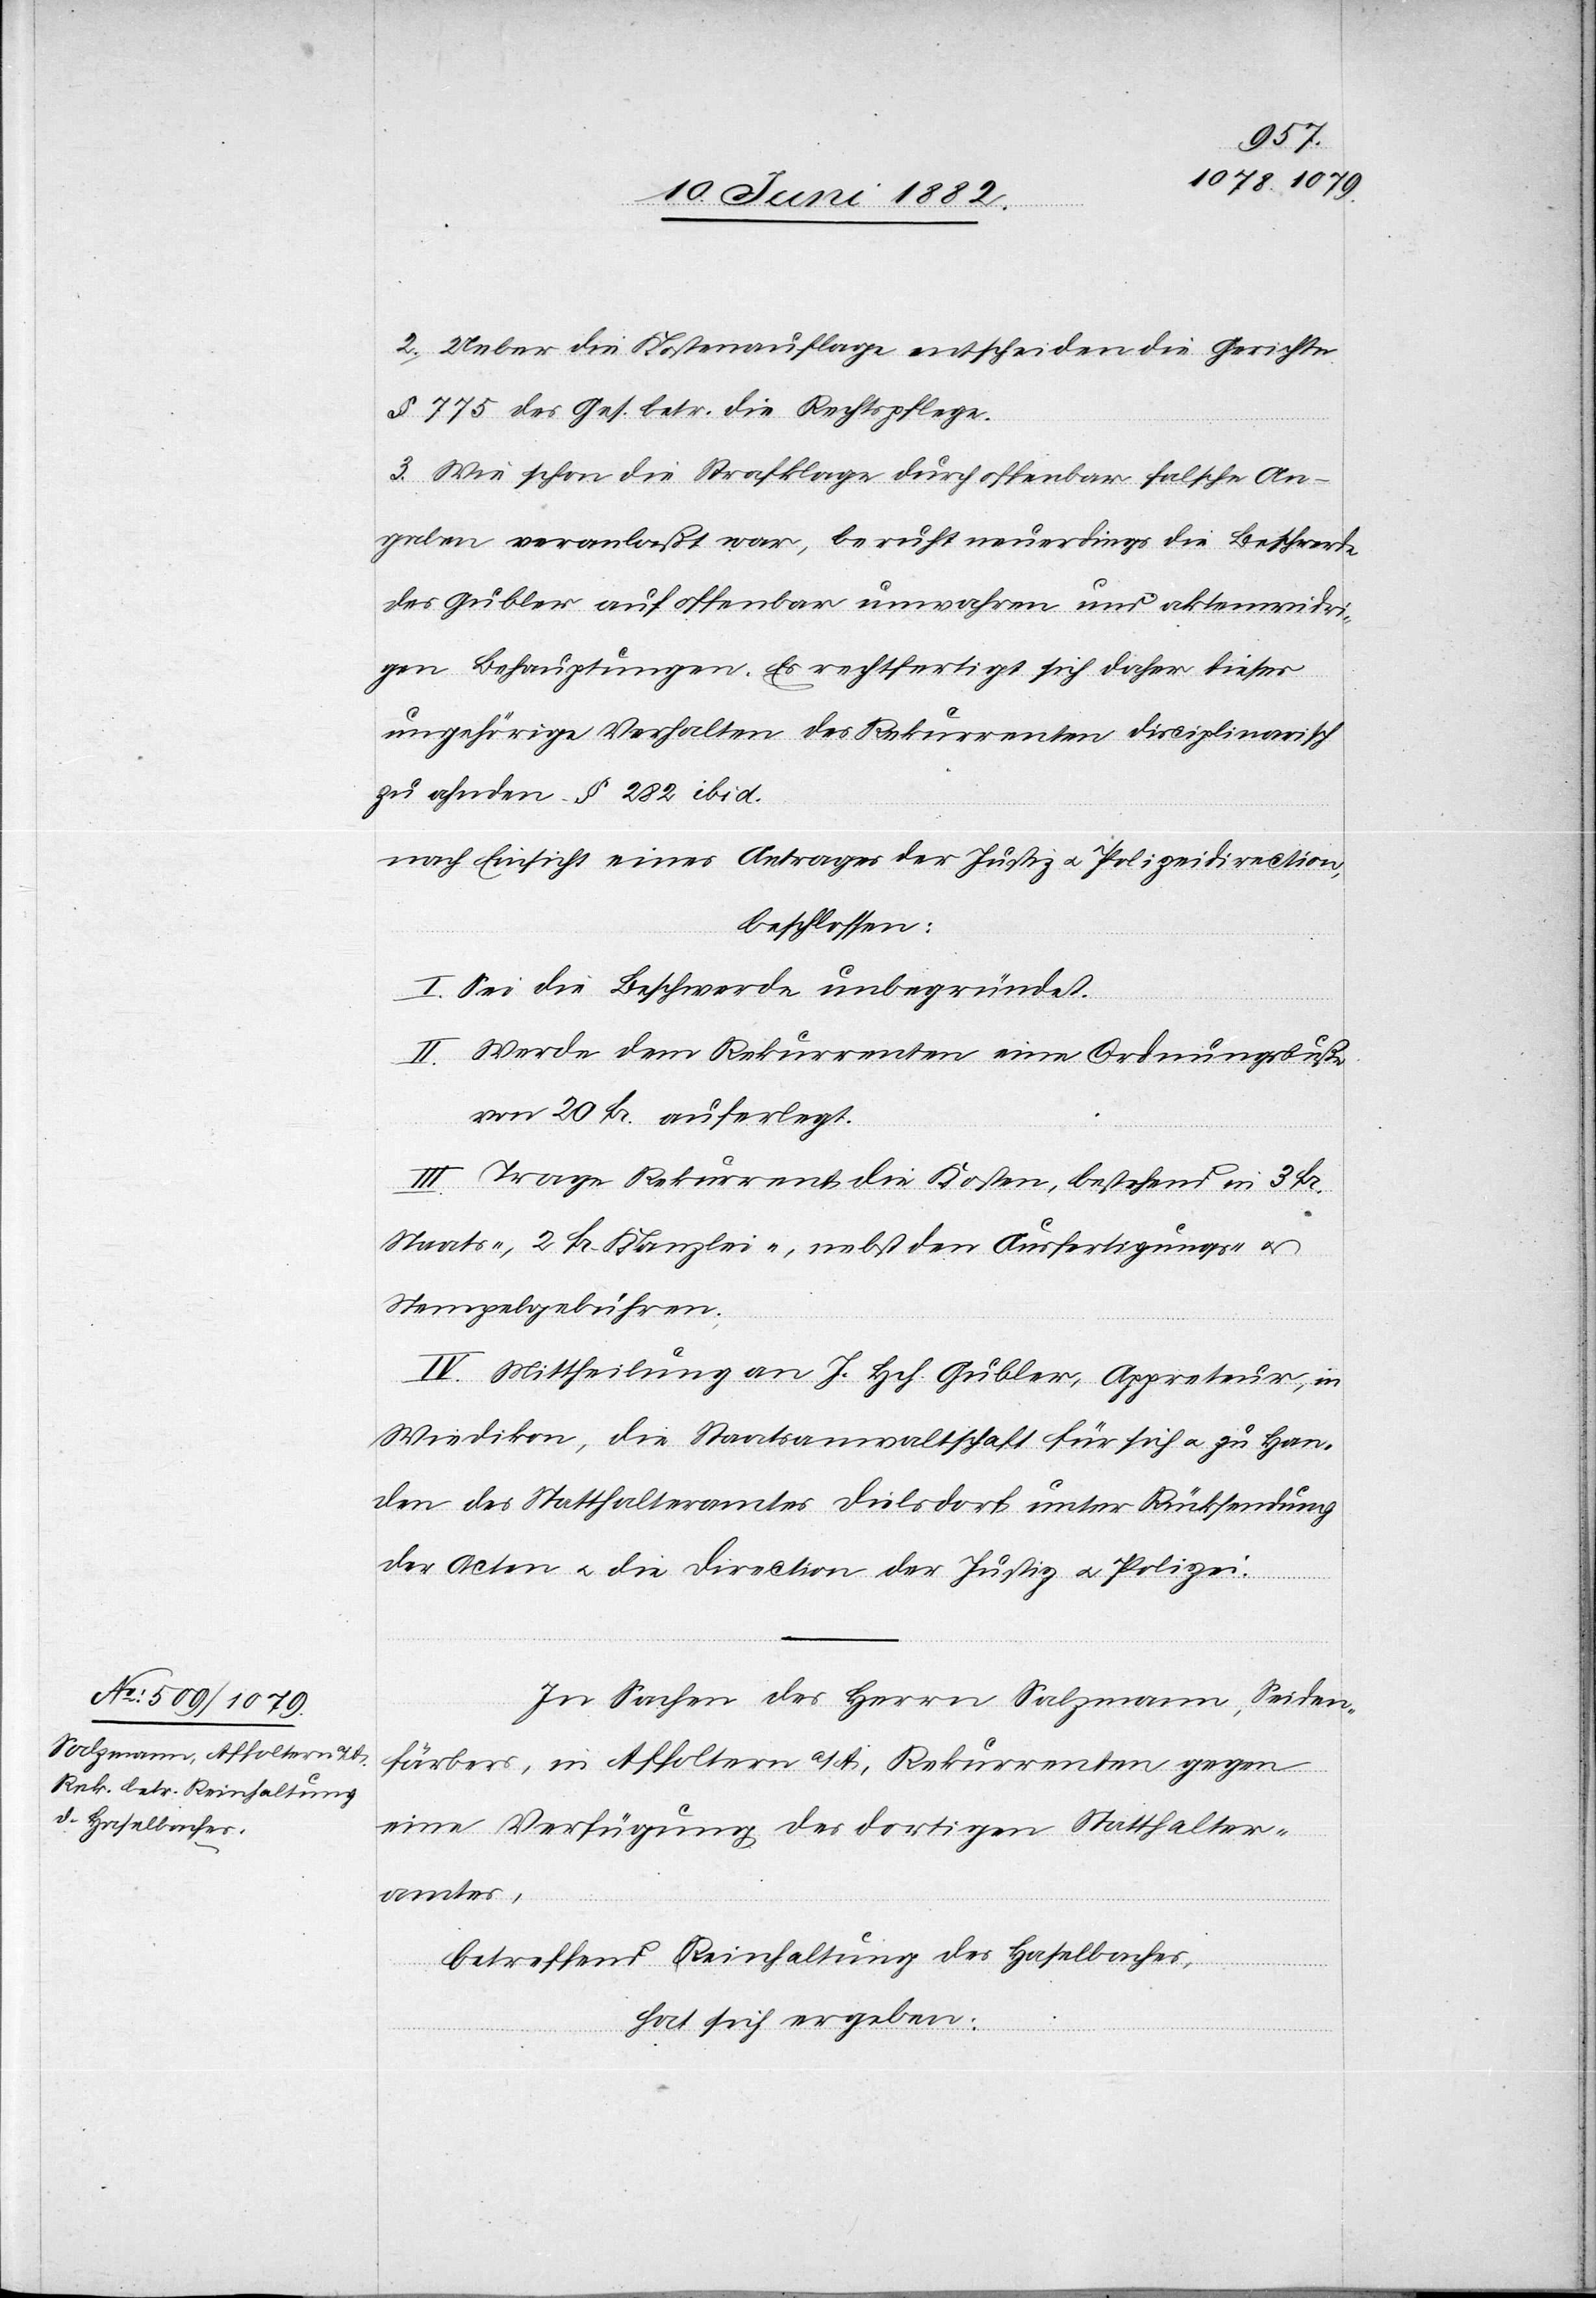
2. Ueber die Kostenauflage entscheiden die Gerichte
§ 775 des Ges. betr. die Rechtspflege.
3. Wie schon die Strafklage durch offenbar falsche An¬
gaben veranlaßt war, beruht neuerdings die Beschwerde
des Gubler auf offenbar unwahren und aktenwidri¬
gen Behauptungen. Es rechtfertigt sich daher dieses
ungehörige Verhalten des Rekurrenten disciplinarisch
zu ahnden § 282 ibid.
nach Einsicht eines Antrages der Justiz[-] u. Polizeidirection,
beschlossen:
I. Sei die Beschwerde unbegründet.
II. Werde dem Rekurrenten eine Ordnungsbuße
von 20 Fr. auferlegt.
III. Trage Rekurrent die Kosten, bestehend in 3 Fr.
Staats-, 2 Fr. Kanzlei-, nebst den Ausfertigungs- u.
Stempelgebühren.
IV. Mittheilung an J. Hch. Gubler, Appreteur, in
Wiedikon, die Staatsanwaltschaft für sich u. zu Han¬
den des Statthalteramtes Dielsdorf unter Rücksendung
der Acten u. die Direction der Justiz u. Polizei.
In Sachen des Herrn Salzmann, Seiden¬
färbers, in Affoltern a/A., Rekurrenten gegen
eine Verfügung des dortigen Statthalter¬
amtes,
betreffend Reinhaltung des Haselbaches,
hat sich ergeben: